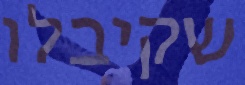
שקיבלו